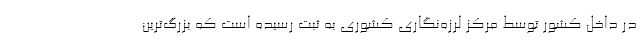
در داخل کشور توسط مرکز لرزه‌نگاری کشوری به ثبت رسیده است که بزرگ‌ترین